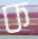
ক